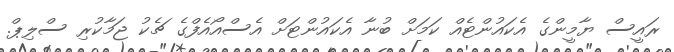
ރައީސް ޔާމީންގެ އެކައުންޓެއް ކަމަށް ބުނާ އެކައުންޓަށް އެސްއޯއެފްގެ ޗެކު ޖަމާކުރި ސްލިޕް.